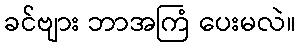
ခင်ဗျား ဘာအကြံ ပေးမလဲ။